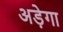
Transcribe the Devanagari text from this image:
अड़ेगा